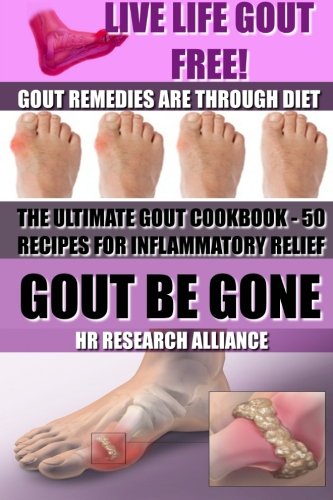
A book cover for Gout Be Gone - The Ultimate Gout Cookbook - 50+ Gout Recipes for Inflammatory Relief -: Gout Remedies are Through Diet - Live Life Gout Free! (Gout ... Inflammatory Diet - Inflammation Cookbook); HR Research Alliance; Health, Fitness & Dieting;